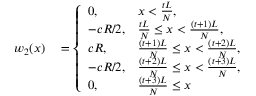
\begin{array} { r l } { w _ { 2 } ( x ) } & { { } = \left\{ \begin{array} { l l } { 0 , } & { x < \frac { t L } { N } , } \\ { - c R / 2 , } & { \frac { t L } { N } \leq x < \frac { ( t + 1 ) L } { N } , } \\ { c R , } & { \frac { ( t + 1 ) L } { N } \leq x < \frac { ( t + 2 ) L } { N } , } \\ { - c R / 2 , } & { \frac { ( t + 2 ) L } { N } \leq x < \frac { ( t + 3 ) L } { N } , } \\ { 0 , } & { \frac { ( t + 3 ) L } { N } \leq x } \end{array} \right. } \end{array}